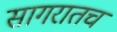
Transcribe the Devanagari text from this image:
सागरातच